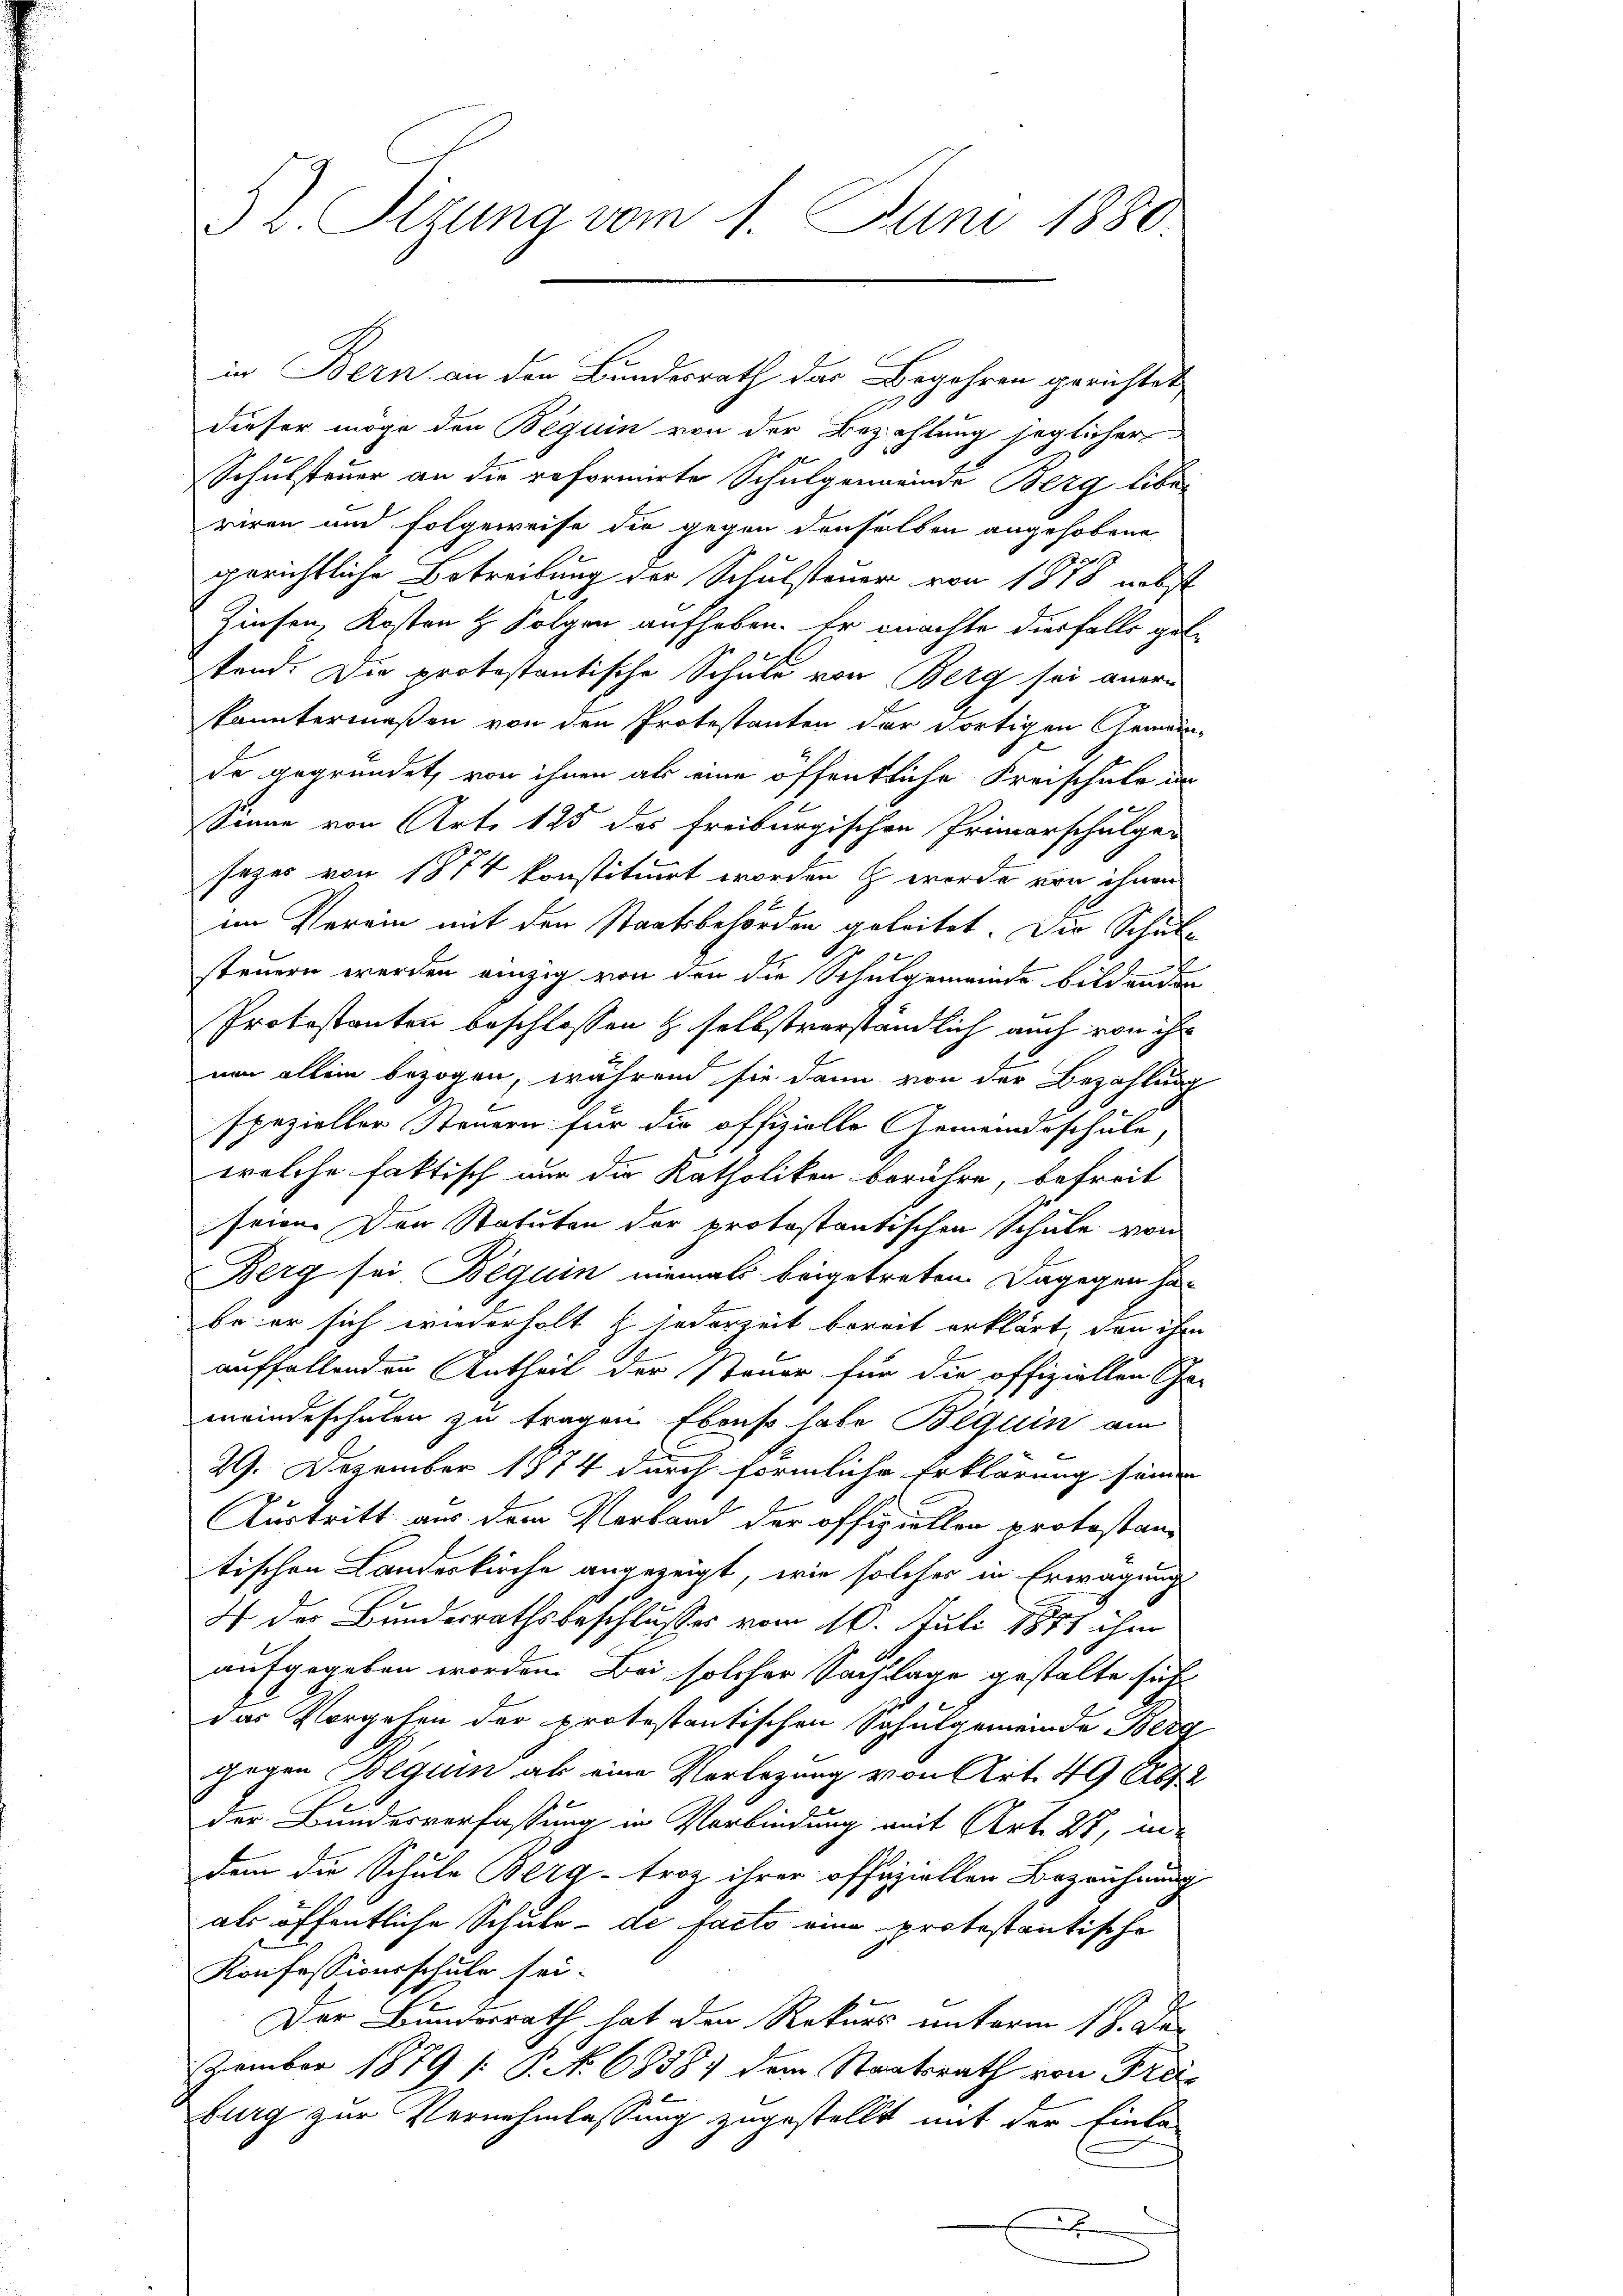
52. Sizung vom 1. Juni 1880.

dieser möge den Beguin von der Bezahlung jeglicher
Schulsteuer an die reformirte Schulgemeinde Berg liber
riren und Folgeweise die gegen denselben angehobene
gerichtliche Betreibung der Schulsteuer von 1878 nebst
.
Zinsen, Kosten H. Folgen aufhaben. Er machte diesfalls gelstand. Die protestantische Schule von Berg sei aner
konntermaßen von den Protestanten der dortigen Gemeinde gegründet, von ihnen als eine öffentliche Freischale in
könne von Art. 125 des Freiburgischen Primarschulge-
sezes von 1874 konstituirt worden  werde von ihnen
im Verein mit den Staatsbehörden geleitet. Die Schul¬
1
steuern werden einzig von den die Schulgemeinde bildenden
Protestanten beschlossen & selbstverständlich auch von ihr
nen allein bezogen, während sie dann von der Bezahlung
spezieller Steuern für die offizielle Gemeindsschule,
welche faktisch nur die Katholiken berühre, befreit
seien. Der Statuten der protestantischen Schule von
Berg sei Beguin niemals beigetreten. Dagegen ha
be er sich wiederholt & jederzeit bereit erklärt, den ihm
auffallenden Antheil der Steuer für die offiziellen Ge-
meindeschulen zu tragen Ebenso habe Bequin am
29. Dezember 1874 durch förmliche Erklärung seinen
Austritt aus dem Verband der offiziellen protestantischen Landeskirche angezeigt, wie solches in Erwägung
4 des Bundesrathsbeschlusses vom 10. Juli 1871 ihm
aufgegeben worden. Bei solcher Sachlage gestalte sich
das Vorgehen der protestantischen Schulgemeinde Berg
gegen Beguin als eine Vorlegung von Art. 49 Abs. 2
der Bundesverfassung in Verbindung mit Art. 27, un
dem die Schule Berg-troz ihrer offiziellen Bezrühnung
als öffentliche Schule - de facto eine protestantische
Konfessionsschule sei-
Der Bundesrath hat den Rekurs unterm 18. Der
zember 1879 [ P. N. 68587 dem Staatsrath von Frei-
burg zur Vernehmlassung zugestellt mit der Einla-
E

in Bern an den Bundesrath das Begehren gerichtet